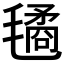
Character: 𣰇